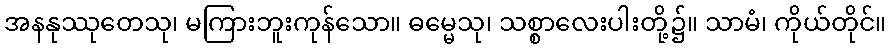
အနနုဿုတေသု၊ မကြားဘူးကုန်သော။ ဓမ္မေသု၊ သစ္စာလေးပါးတို့၌။ သာမံ၊ ကိုယ်တိုင်။